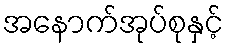
အနောက်အုပ်စုနှင့်